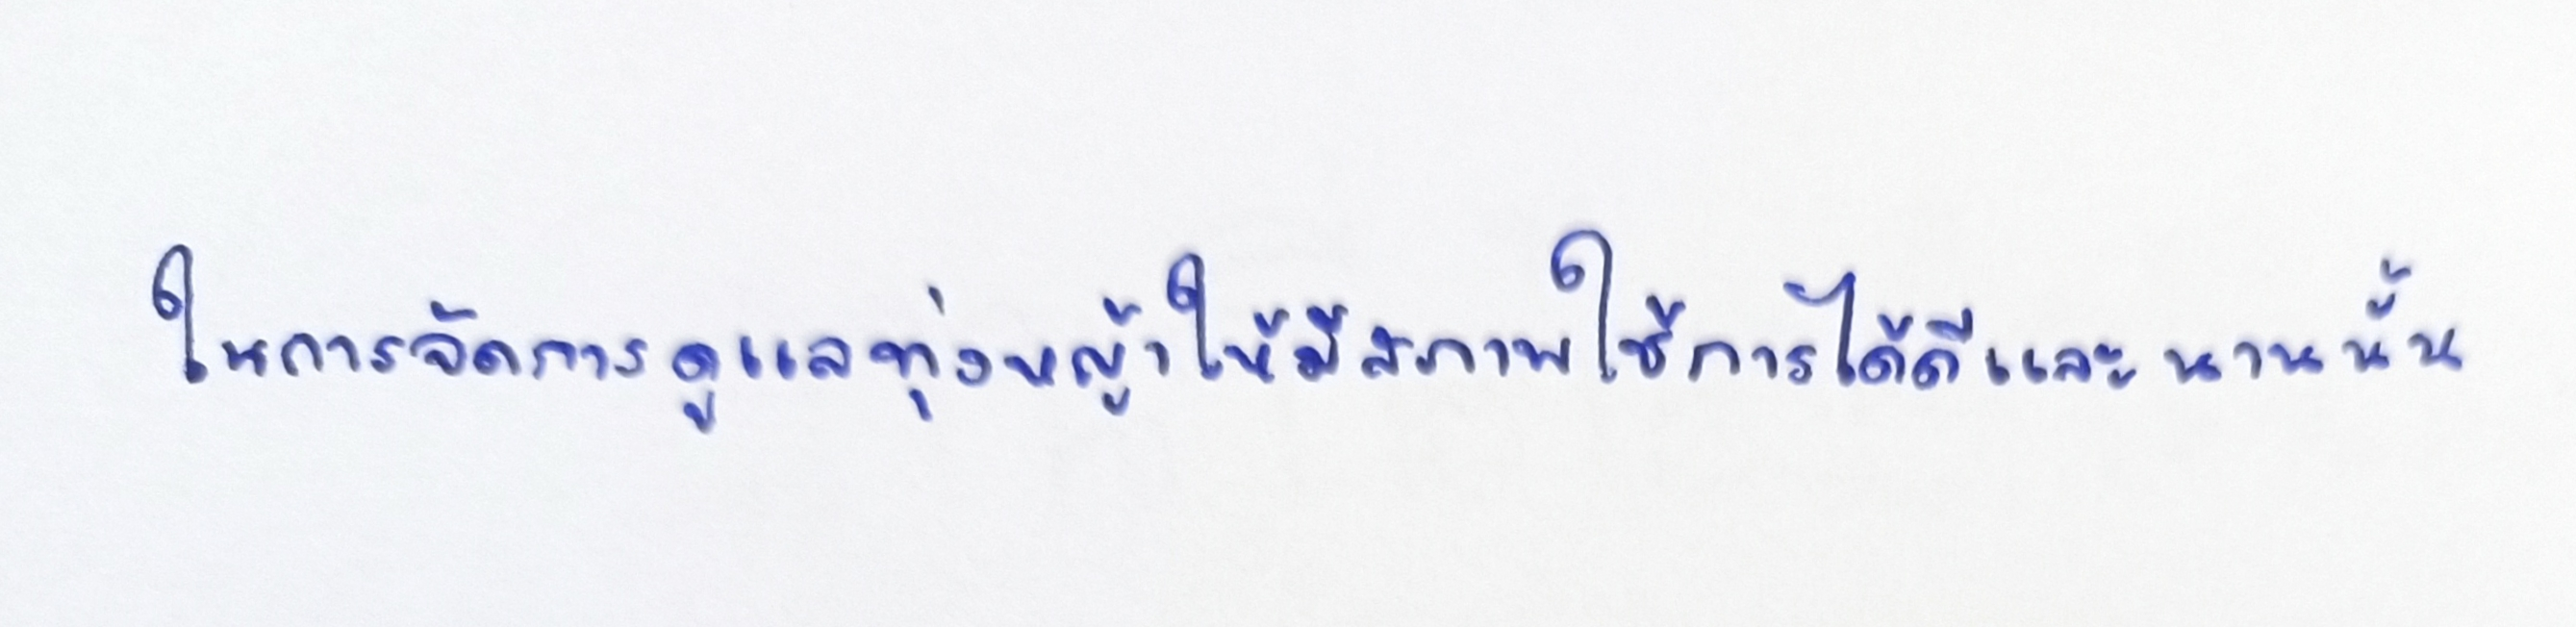
ในการจัดการดูแลทุ่งหญ้าให้มีสภาพใช้การได้ดีและนานนั้น